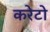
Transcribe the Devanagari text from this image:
करेटो